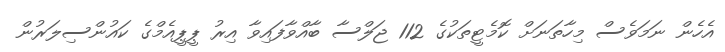
އެހެން ނަމަވެސް މިހާތަނަށް ކޮމެޓީތަކުގެ 112 ޖަލްސާ ބާއްވާފައިވާ އިރު ޕީޕީއެމްގެ ކައުންސިލަރުން